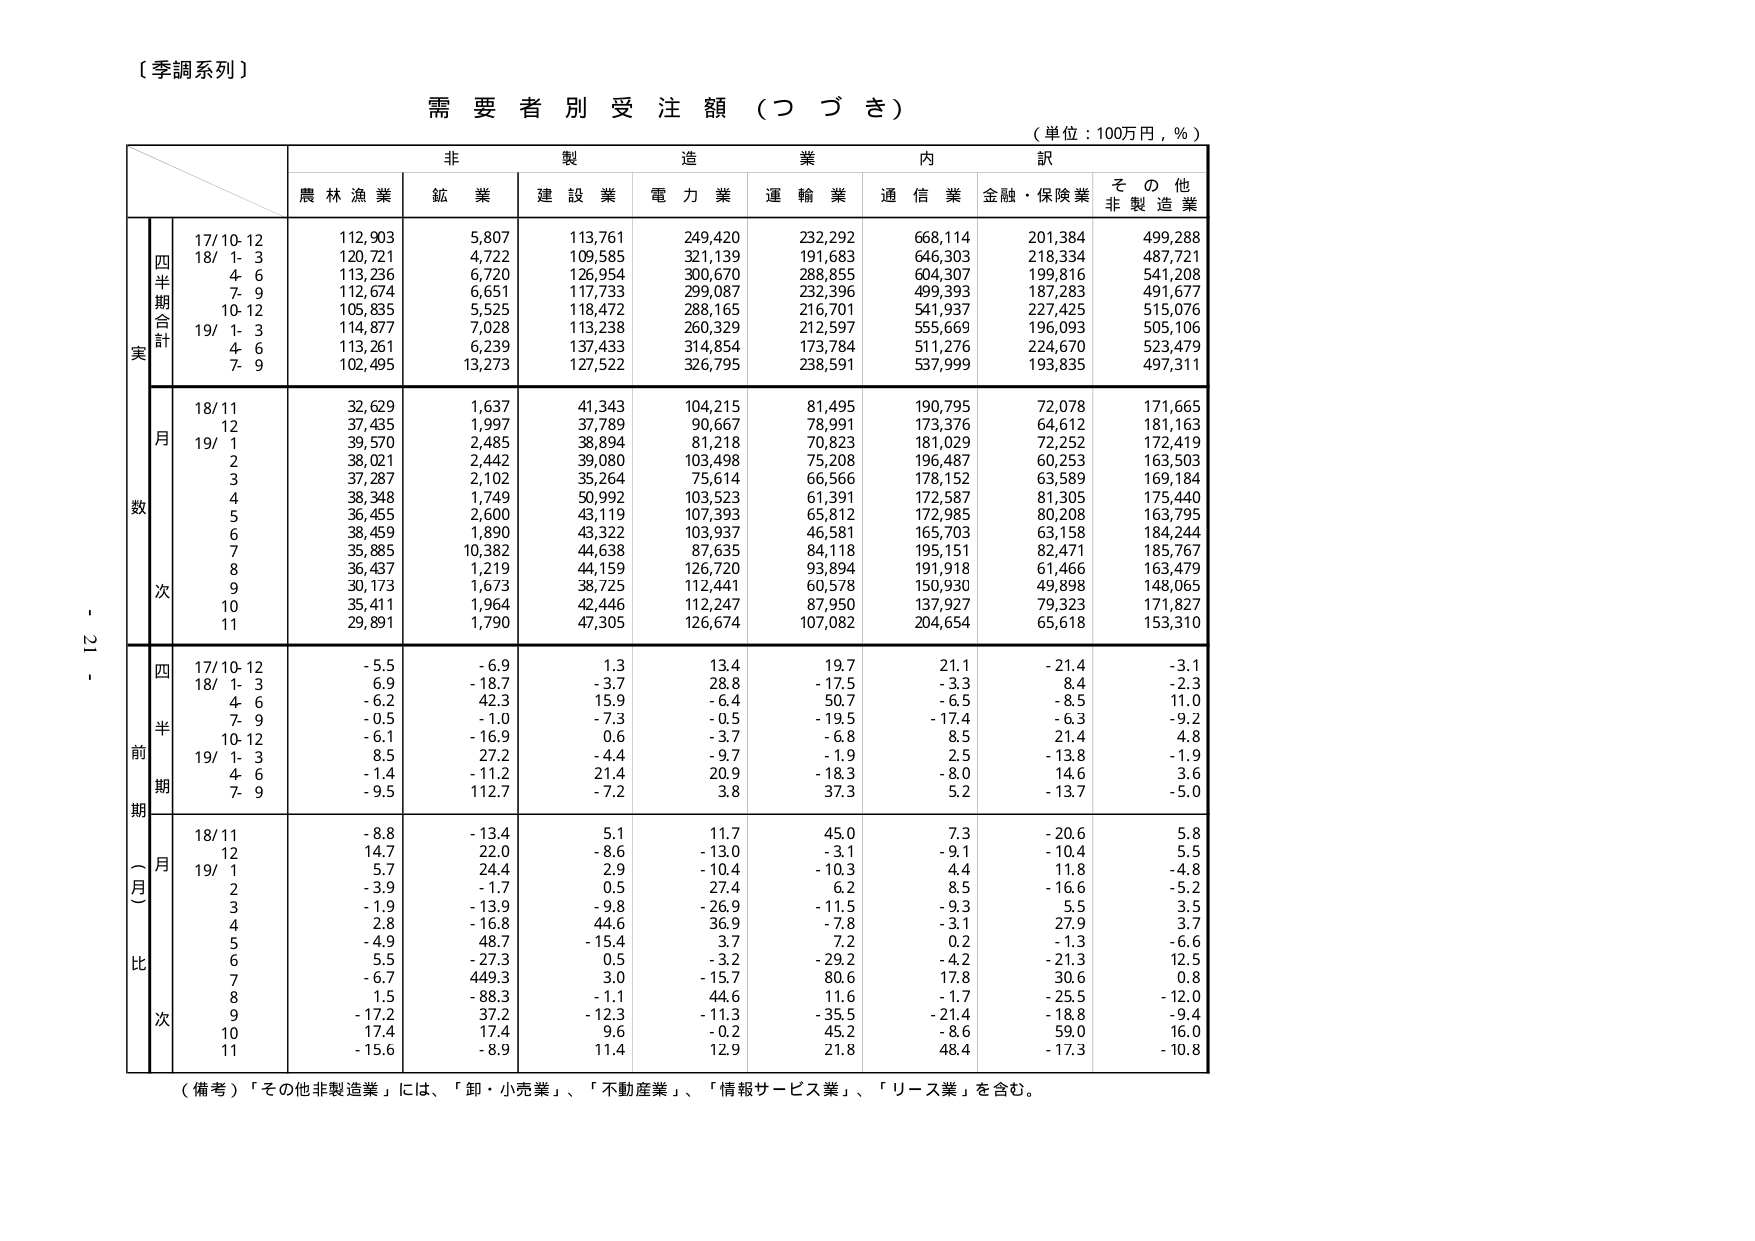
〔季調系列〕

需要者別受注額（つづき）

（単位：100万円，％）

非製造業内訳
農林漁業　鉱業　建設業　電力業　運輸業　通信業　金融・保険業　その他非製造業

実
四半期合計
17/10-12　112,903　5,807　113,761　249,420　232,292　668,114　201,384　499,288
18/ 1- 3　120,721　4,722　109,585　321,139　191,683　646,303　218,334　487,721
　4- 6　113,236　6,720　126,954　300,670　288,855　604,307　199,816　541,208
　7- 9　112,674　6,651　117,733　299,087　232,396　499,393　187,283　491,677
10-12　105,835　5,525　118,472　288,165　216,701　541,937　227,425　515,076
19/ 1- 3　114,877　7,028　113,238　260,329　212,597　555,669　196,093　505,106
　4- 6　113,261　6,239　137,433　314,854　173,784　511,276　224,670　523,479
　7- 9　102,495　13,273　127,522　326,795　238,591　537,999　193,835　497,311

数
月
18/11　32,629　1,637　41,343　104,215　81,495　190,795　72,078　171,665
　12　37,435　1,997　37,789　90,667　78,991　173,376　64,612　181,163
19/ 1　39,570　2,485　38,894　81,218　70,823　181,029　72,252　172,419
　2　38,021　2,442　39,080　103,498　75,208　196,487　60,253　163,503
　3　37,287　2,102　35,264　75,614　66,566　178,152　63,589　169,184
　4　38,348　1,749　50,992　103,523　61,391　172,587　81,305　175,440
　5　36,455　2,600　43,119　107,393　65,812　172,985　80,208　163,795
　6　38,459　1,890　43,322　103,937　46,581　165,703　63,158　184,244
　7　35,885　10,382　44,638　87,635　84,118　195,151　82,471　185,767
　8　36,437　1,219　44,159　126,720　93,894　191,918　61,466　163,479
　9　30,173　1,673　38,725　112,441　60,578　150,930　49,898　148,065
　10　35,411　1,964　42,446　112,247　87,950　137,927　79,323　171,827
　11　29,891　1,790　47,305　126,674　107,082　204,654　65,618　153,310

前
期
四半期
17/10-12　-5.5　-6.9　1.3　13.4　19.7　21.1　-21.4　-3.1
18/ 1- 3　6.9　-18.7　-3.7　28.8　-17.5　-3.3　8.4　-2.3
　4- 6　-6.2　42.3　15.9　-6.4　50.7　-6.5　-8.5　11.0
　7- 9　-0.5　-1.0　-7.3　-0.5　-19.5　-17.4　-6.3　-9.2
10-12　-6.1　-16.9　0.6　-3.7　-6.8　8.5　21.4　4.8
19/ 1- 3　8.5　27.2　-4.4　-9.7　-1.9　2.5　-13.8　-1.9
　4- 6　-1.4　-11.2　21.4　20.9　-18.3　-8.0　14.6　3.6
　7- 9　-9.5　112.7　-7.2　3.8　37.3　5.2　-13.7　-5.0

（月）比
18/11　-8.8　-13.4　5.1　11.7　45.0　7.3　-20.6　5.8
　12　14.7　22.0　-8.6　-13.0　-3.1　-9.1　-10.4　5.5
19/ 1　5.7　24.4　2.9　-10.4　-10.3　4.4　11.8　-4.8
　2　-3.9　-1.7　0.5　27.4　6.2　8.5　-16.6　-5.2
　3　-1.9　-13.9　-9.8　-26.9　-11.5　-9.3　5.5　3.5
　4　2.8　-16.8　44.6　36.9　-7.8　-3.1　27.9　3.7
　5　-4.9　48.7　-15.4　3.7　7.2　0.2　-1.3　-6.6
　6　5.5　-27.3　0.5　-3.2　-29.2　-4.2　-21.3　12.5
　7　-6.7　449.3　3.0　-15.7　80.6　17.8　30.6　0.8
　8　1.5　-88.3　-1.1　44.6　11.6　-1.7　-25.5　-12.0
　9　-17.2　37.2　-12.3　-11.3　-35.5　-21.4　-18.8　-9.4
　10　17.4　17.4　9.6　-0.2　45.2　-8.6　59.0　16.0
　11　-15.6　-8.9　11.4　12.9　21.8　48.4　-17.3　-10.8

（備考）「その他非製造業」には、「卸・小売業」、「不動産業」、「情報サービス業」、「リース業」を含む。